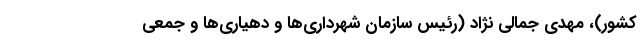
کشور)، مهدی جمالی نژاد (رئیس سازمان شهرداری‌ها و دهیاری‌ها و جمعی